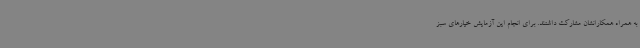
به همراه همکارانشان مشارکت داشتند. برای انجام این آزمایش خیارهای سبز